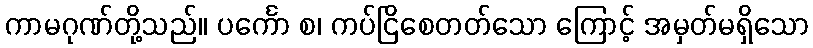
ကာမဂုဏ်တို့သည်။ ပင်္ကော စ၊ ကပ်ငြိစေတတ်သော ကြောင့် အမှတ်မရှိသော